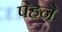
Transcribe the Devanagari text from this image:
पेहने